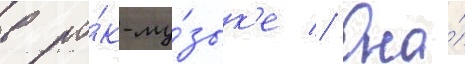
в ро́к-му́зык'е // Она́